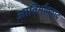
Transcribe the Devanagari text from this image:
आविर्भाववाद